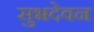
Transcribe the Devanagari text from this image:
सुभदेवन